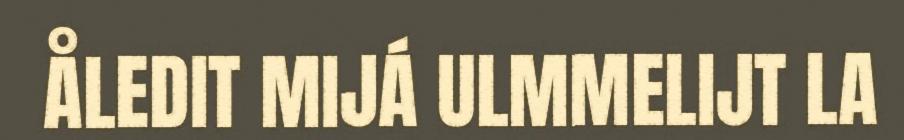
ÅLEDIT MIJÁ ULMMELIJT LA